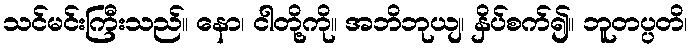
သင်မင်းကြီးသည်။ နော၊ ငါတို့ကို။ အဘိဘုယျ၊ နှိပ်စက်၍။ ဘူတပ္ပတိ၊